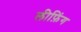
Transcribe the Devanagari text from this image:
लीफ़िंग